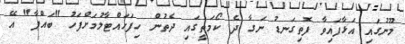
މޫނުގައި އަޅާފައިވާ ފޮތިގަނޑު ނަގާ ދެ ކޯމަތީގައި ދެތުން ހިފަހައްޓާލުމަށްފަހު "ބައްޕާ" އޭ